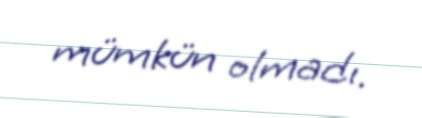
mümkün olmadı.